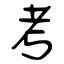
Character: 考